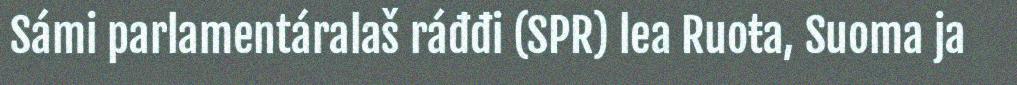
Sámi parlamentáralaš ráđđi (SPR) lea Ruoŧa, Suoma ja